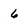
Character: 6